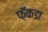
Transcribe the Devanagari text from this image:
फ़ॅकडा